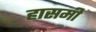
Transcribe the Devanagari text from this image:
हासमी